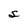
Character: s